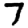
Digit: 7